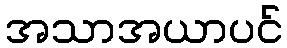
အသာအယာပင်